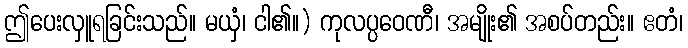
ဤပေးလှူရခြင်းသည်။ မယှံ၊ ငါ၏။) ကုလပ္ပဝေဏီ၊ အမျိုး၏ အစပ်တည်း။ ဧတံ၊